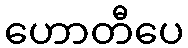
ဟောတီပေ